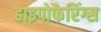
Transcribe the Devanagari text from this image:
हाइपोफैरिंग्स